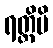
ရတ္တိပိ